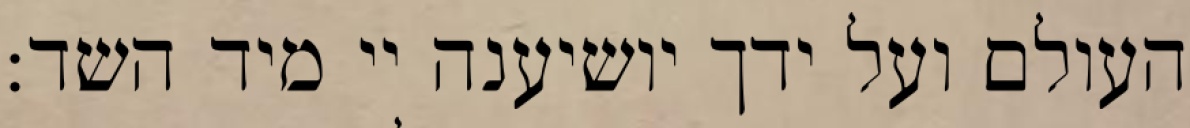
העולם ועל ידך יושיענה יי מיד השד: